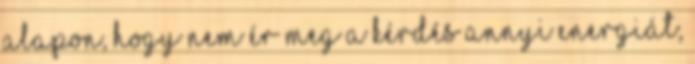
alapon, hogy nem ér meg a kérdés annyi energiát,